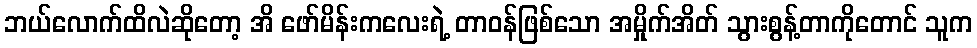
ဘယ်လောက်ထိလဲဆိုတော့ အိ ဖော်မိန်းကလေးရဲ့ တာဝန်ဖြစ်သော အမှိုက်အိတ် သွားစွန့်တာကိုတောင် သူက